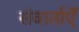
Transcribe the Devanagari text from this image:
संवार्ताएँ